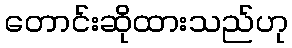
တောင်းဆိုထားသည်ဟု